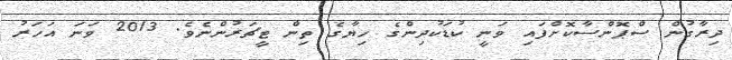
ދިރާގުން ސްޕޮންސާކޮށްފައި ވަނީ ކުޑަކުދިންގެ ހިޔާގެ ތިން ޓީޗަރުންނެވެ. 2013 ވަނަ އަހަރު